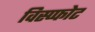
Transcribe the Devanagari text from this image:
विस्प्फोट